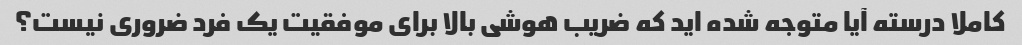
کاملا درسته آیا متوجه شده اید که ضریب هوشی بالا برای موفقیت یک فرد ضروری نیست؟